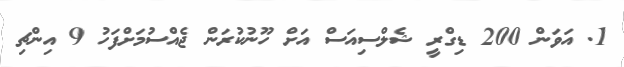
1. އަވަން 200 ޑިގްރީ ޝެލްސިއަސް އަށް ހޫނުކުރަން ޖެއްސުމަށްފަހު 9 އިންޗި